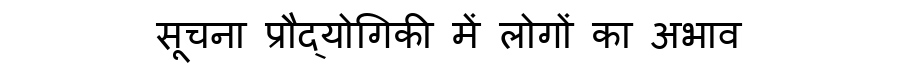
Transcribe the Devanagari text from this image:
सूचना प्रौद्योगिकी में लोगों का अभाव